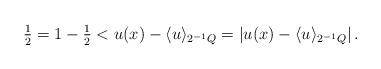
LaTeX: \begin{align*}\tfrac 12=1-\tfrac12 < u(x) - \langle u\rangle_{2^{-1}Q} = \lvert u(x)-\langle u\rangle_{2^{-1}Q}\rvert\,.\end{align*}